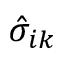
\hat { \sigma } _ { i k }